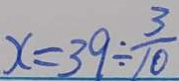
x = 3 9 \div \frac { 3 } { 1 0 }